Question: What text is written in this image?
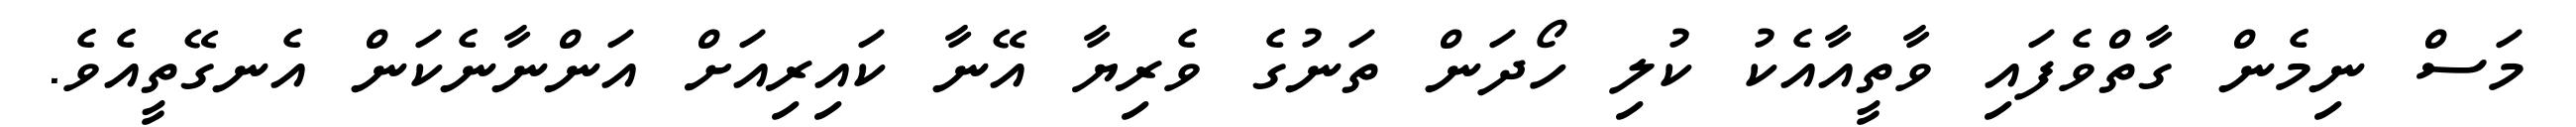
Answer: މަސް ނިމެން ގާތްވެފައި ވާތީއާއެކު ކުލި ހޯދަން ތަނުގެ ވެރިޔާ އޭނާ ކައިރިއަށް އަންނާނެކަން އެނގޭތީއެވެ.